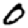
Digit: 0